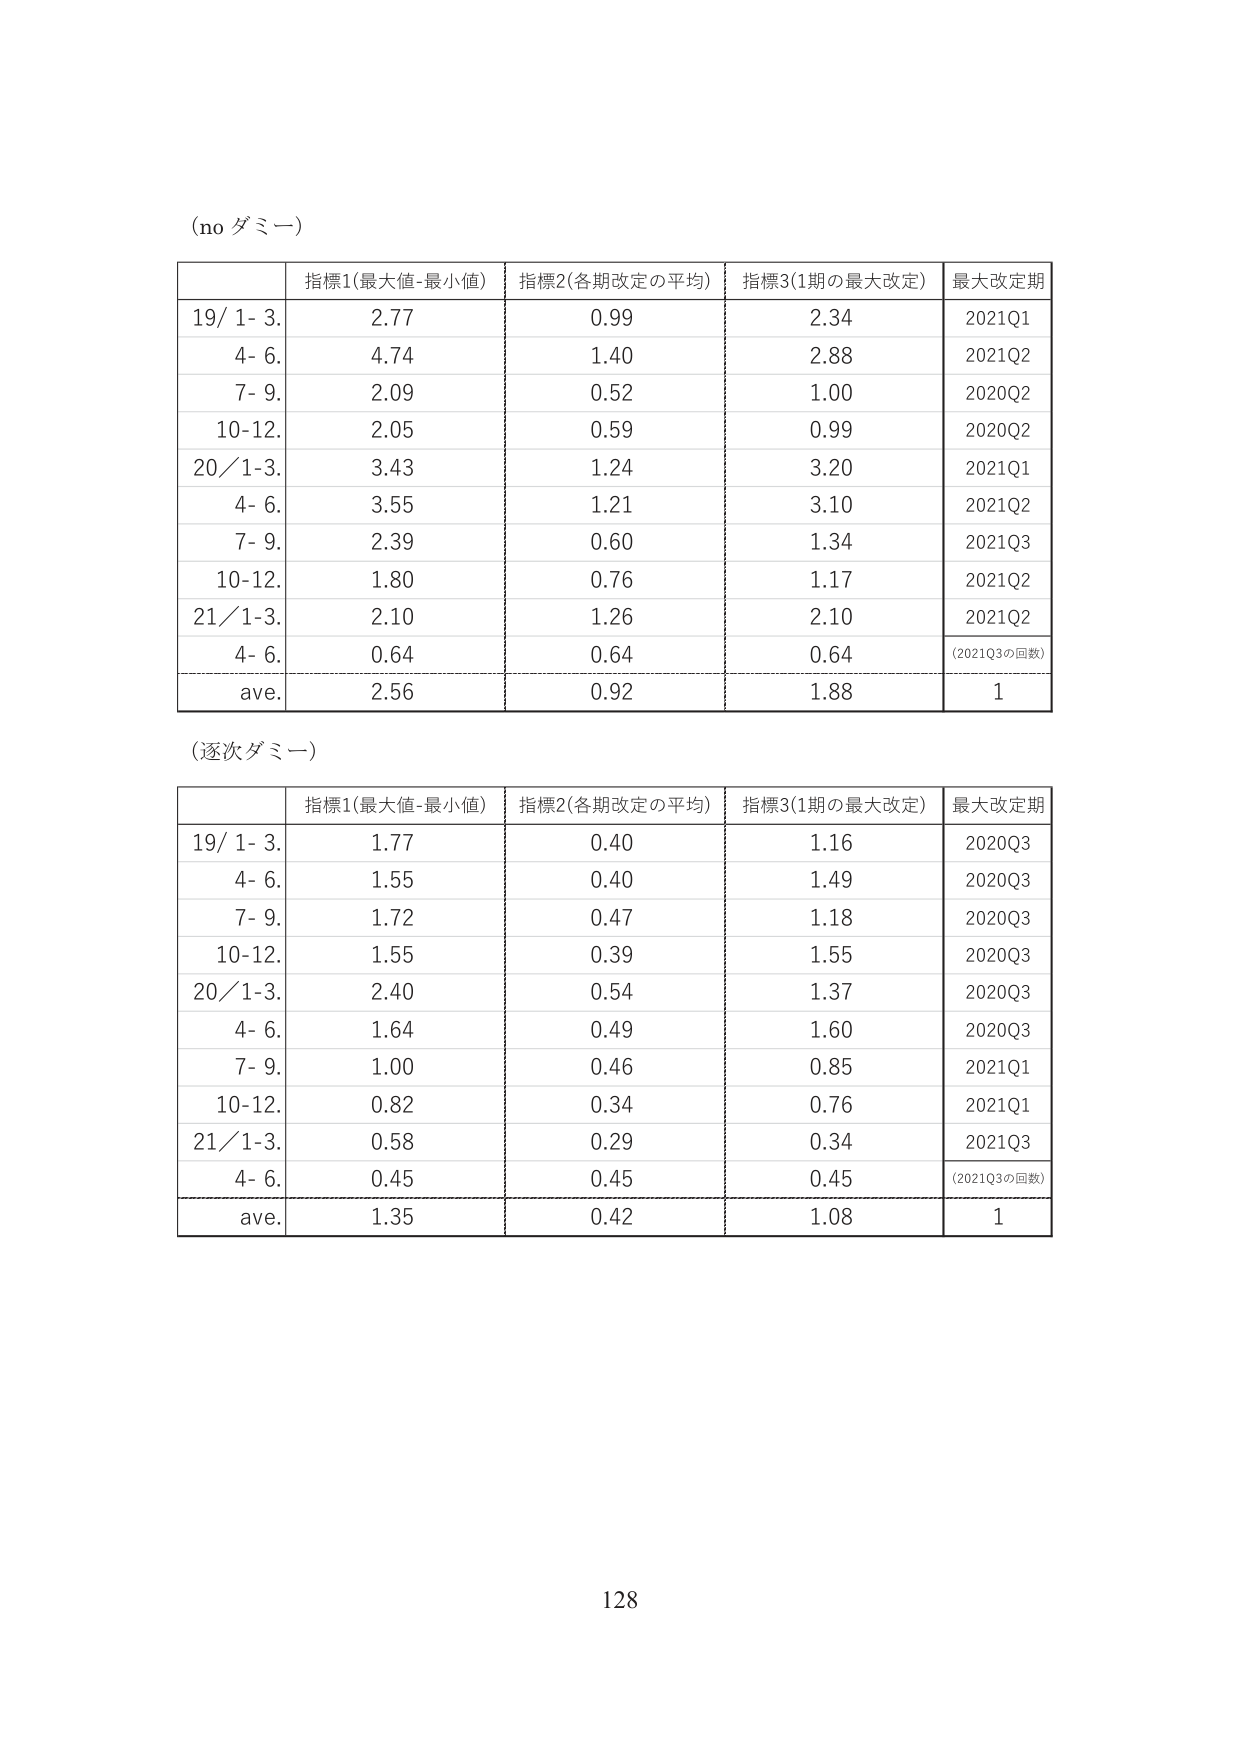
(no ダミー)

| | 指標1(最大値-最小値) | 指標2(各期改定の平均) | 指標3(1期の最大改定) | 最大改定期 |
|---|---|---|---|---|
| 19/ 1- 3. | 2.77 | 0.99 | 2.34 | 2021Q1 |
| 4- 6. | 4.74 | 1.40 | 2.88 | 2021Q2 |
| 7- 9. | 2.09 | 0.52 | 1.00 | 2020Q2 |
| 10-12. | 2.05 | 0.59 | 0.99 | 2020Q2 |
| 20/ 1-3. | 3.43 | 1.24 | 3.20 | 2021Q1 |
| 4- 6. | 3.55 | 1.21 | 3.10 | 2021Q2 |
| 7- 9. | 2.39 | 0.60 | 1.34 | 2021Q3 |
| 10-12. | 1.80 | 0.76 | 1.17 | 2021Q2 |
| 21/ 1-3. | 2.10 | 1.26 | 2.10 | 2021Q2 |
| 4- 6. | 0.64 | 0.64 | 0.64 | (2021Q3の回数) |
| ave. | 2.56 | 0.92 | 1.88 | 1 |

(逐次ダミー)

| | 指標1(最大値-最小値) | 指標2(各期改定の平均) | 指標3(1期の最大改定) | 最大改定期 |
|---|---|---|---|---|
| 19/ 1- 3. | 1.77 | 0.40 | 1.16 | 2020Q3 |
| 4- 6. | 1.55 | 0.40 | 1.49 | 2020Q3 |
| 7- 9. | 1.72 | 0.47 | 1.18 | 2020Q3 |
| 10-12. | 1.55 | 0.39 | 1.55 | 2020Q3 |
| 20/ 1-3. | 2.40 | 0.54 | 1.37 | 2020Q3 |
| 4- 6. | 1.64 | 0.49 | 1.60 | 2020Q3 |
| 7- 9. | 1.00 | 0.46 | 0.85 | 2021Q1 |
| 10-12. | 0.82 | 0.34 | 0.76 | 2021Q1 |
| 21/ 1-3. | 0.58 | 0.29 | 0.34 | 2021Q3 |
| 4- 6. | 0.45 | 0.45 | 0.45 | (2021Q3の回数) |
| ave. | 1.35 | 0.42 | 1.08 | 1 |

128